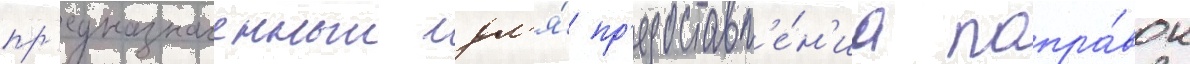
пр'едназначенныи дл'я́ пр'едоставл'е́н'иа попра́вок